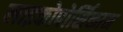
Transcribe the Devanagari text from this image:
लाइकोपोर्सिकान